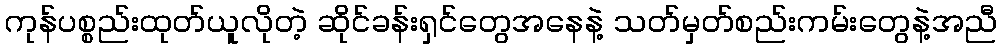
ကုန်ပစ္စည်းထုတ်ယူလိုတဲ့ ဆိုင်ခန်းရှင်တွေအနေနဲ့ သတ်မှတ်စည်းကမ်းတွေနဲ့အညီ